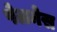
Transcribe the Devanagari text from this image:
पेलनेस